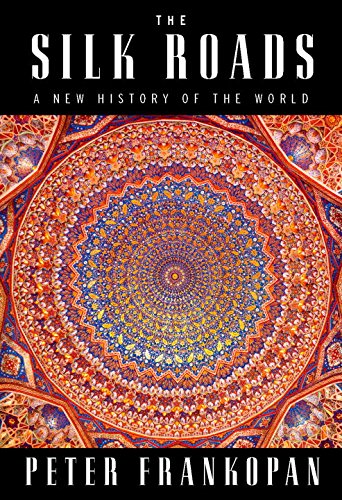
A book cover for The Silk Roads: A New History of the World; Peter Frankopan; Science & Math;